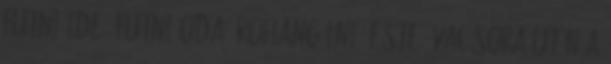
futni ide, futni oda, rohangálni. Este, vacsora után a